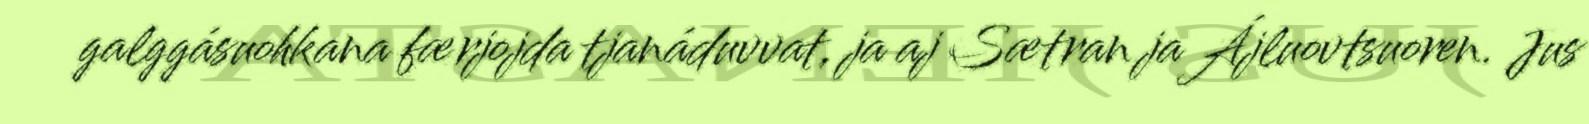
galggásuohkana færjojda tjanáduvvat, ja aj Sætran ja Ájluovtsuoren. Jus